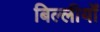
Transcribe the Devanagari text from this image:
बिल्लीयों